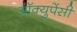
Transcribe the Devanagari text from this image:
अॉक्युपेंसी